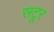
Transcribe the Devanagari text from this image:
सटूर